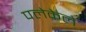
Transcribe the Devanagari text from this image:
पलेकेले